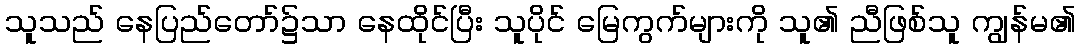
သူသည် နေပြည်တော်၌သာ နေထိုင်ပြီး သူပိုင် မြေကွက်များကို သူ၏ ညီဖြစ်သူ ကျွန်မ၏